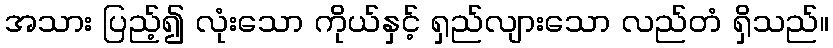
အသား ပြည့်၍ လုံးသော ကိုယ်နှင့် ရှည်လျားသော လည်တံ ရှိသည်။